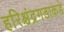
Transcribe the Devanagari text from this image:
हरिश्चंद्रगडाकडे